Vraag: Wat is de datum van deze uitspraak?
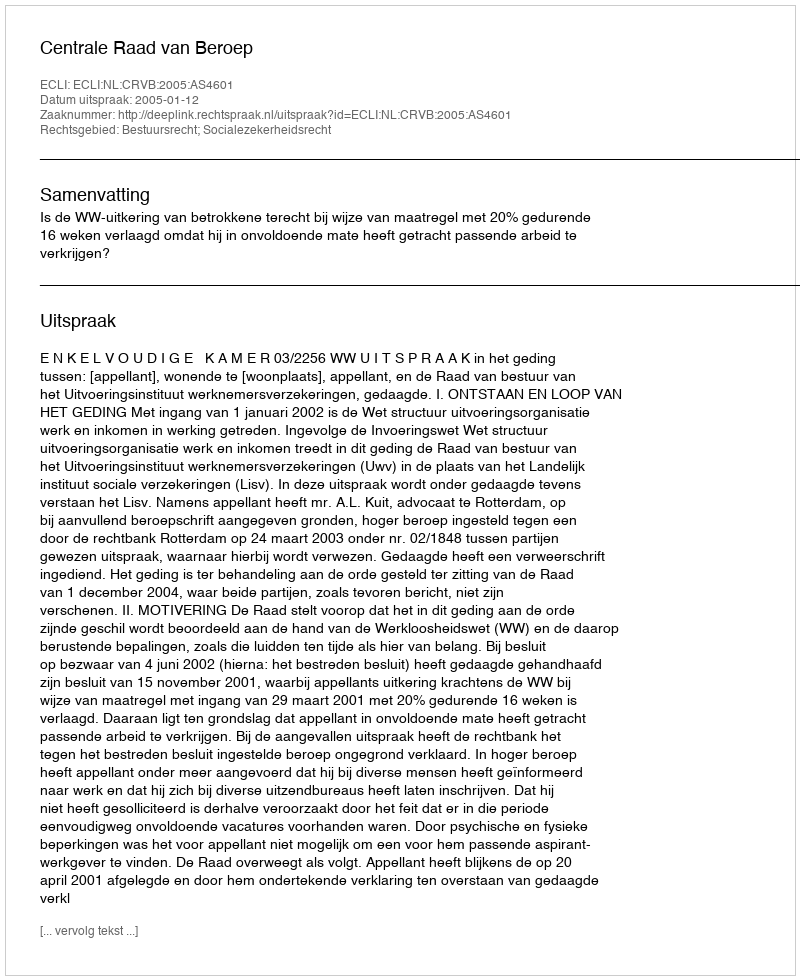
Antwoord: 2005-01-12